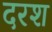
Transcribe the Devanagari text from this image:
दरश